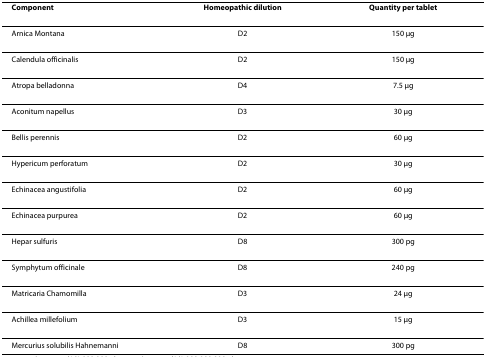
| Component | Homeopathic dilution | Quantity per tablet |
 | --- | --- | --- |
 | Arnica Montana | D2 | 150 μg |
 | Calendula officinalis | D2 | 150 μg |
 | Atropa belladonna | D4 | 7.5 μg |
 | Aconitum napellus | D3 | 30 μg |
 | Bellis perennis | D2 | 60 μg |
 | Hypericum perforatum | D2 | 30 μg |
 | Echinacea angustifolia | D2 | 60 μg |
 | Echinacea purpurea | D2 | 60 μg |
 | Hepar sulfuris | D8 | 300 pg |
 | Symphytum officinale | D8 | 240 pg |
 | Matricaria Chamomilla | D3 | 24 μg |
 | Achillea millefolium | D3 | 15 μg |
 | Mercurius solubilis Hahnemanni | D8 | 300 pg |